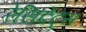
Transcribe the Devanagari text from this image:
रेसिदेंट्स